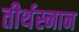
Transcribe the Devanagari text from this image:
तीर्थस्नान